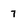
Character: 7